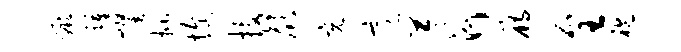
蹶踵耀批愎技颜充意苓河雁全袍